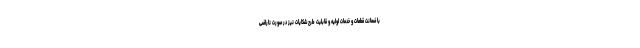
با ضمانت قطعات و خدمات اولیه و قابلیت طرح شکایات نیز در صورت ناراضی